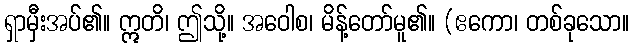
ရှာမှီးအပ်၏။ ဣတိ၊ ဤသို့။ အဝေါစ၊ မိန့်တော်မူ၏။ (ဧကော၊ တစ်ခုသော။